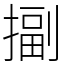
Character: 㨽